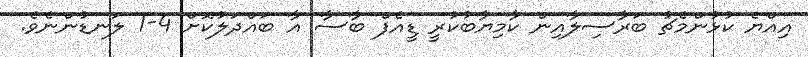
އިއްޔެ ކުޅުންމެޗު ބަރާސިލާއިން ކާމިޔާބުކުރީ ޑީއެފް ބާސާ އާ ބައްދަލުކޮށް 4-1 ލަނޑުންނެވެ.